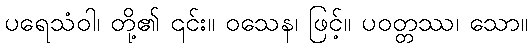
ပရေသံဝါ၊ တို့၏ ၎င်း။ ဝသေန၊ ဖြင့်။ ပဝတ္တဿ၊ သော။